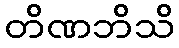
တိဏဘိသိ